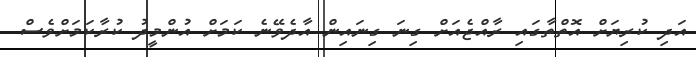
އަދި ކުރިޔަށް އޮތްތާގައި ރާއްޖެއަށް ގިނަ ގިނައިން އާދެވޭނެ ކަމަށް އުންމީދު ކުރާކަމަށްވެސް